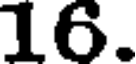
16.